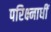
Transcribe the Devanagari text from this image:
परिक्ष्नाधीं